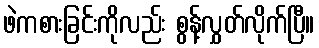
ဖဲကစားခြင်းကိုလည်း စွန့်လွှတ်လိုက်ပြီ။